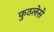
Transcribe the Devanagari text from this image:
कुठलेसे